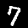
Digit: 7